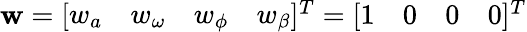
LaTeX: \begin{array}{r}{{\mathbf w}=[\begin{array}{cccc}{w_{a}}&{w_{\omega}}&{w_{\phi}}&{w_{\beta}}\end{array}]^{T}=[\begin{array}{cccc}{1}&{0}&{0}&{0}\end{array}]^{T}}\end{array}